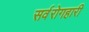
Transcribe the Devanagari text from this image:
सर्वरोगहारी